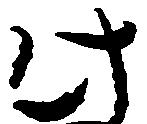
此